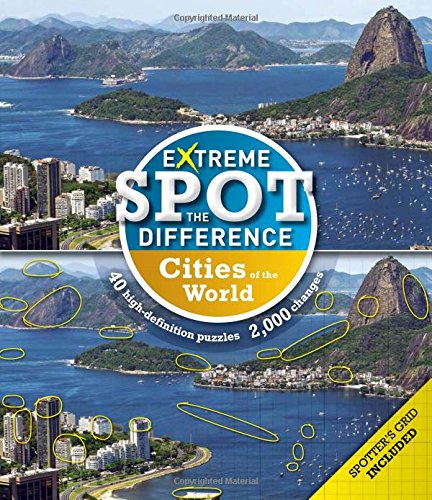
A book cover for Extreme Spot-the-Difference: Cities; Tim Dedopulos; Humor & Entertainment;